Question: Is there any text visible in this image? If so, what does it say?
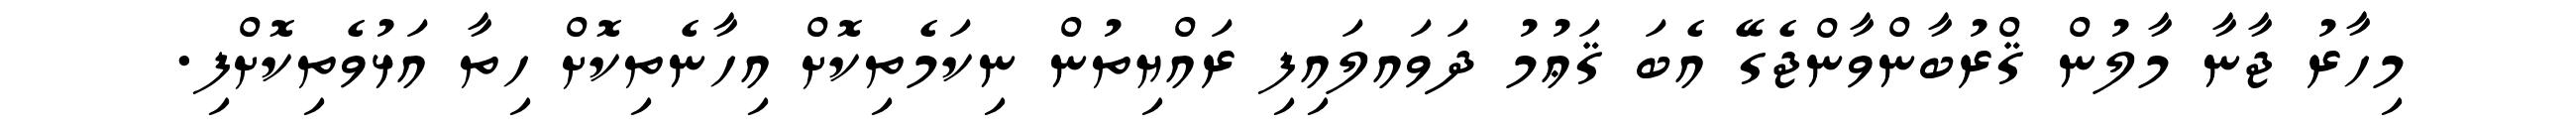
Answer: މިހާރު ޖާނާ މާލުން ޤްރުބާންވާންޖެގޭ އެބަ ޤަޢުމު ދަވައލައިފި ރައްޔިތުން ނިކަމެތިކޮށް އިހާނެތިކޮށް ހިތާ އަޅުވެތިކޮށްފި.